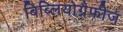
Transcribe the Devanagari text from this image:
बिब्लियोग्रैफीज